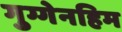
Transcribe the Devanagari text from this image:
गुग्गेनहिम